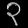
Digit: ၃